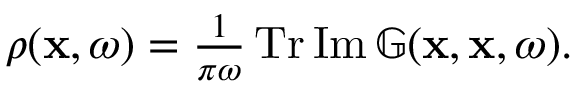
\begin{array} { r } { \rho ( \mathbf { x } , \omega ) = \frac { 1 } { \pi \omega } \operatorname { T r } \operatorname { I m } \mathbb { G } ( \mathbf { x } , \mathbf { x } , \omega ) . } \end{array}